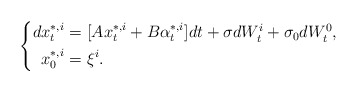
\begin{align*} \left\{ \begin{aligned}dx^{*,i}_t=&~[Ax^{*,i}_t+B\alpha^{*,i}_t]dt+\sigma dW^i_t+\sigma_0dW^0_t,\\ x^{*,i}_0=&~\xi^i. \end{aligned} \right. \end{align*}